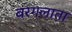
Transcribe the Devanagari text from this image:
बरगलाता